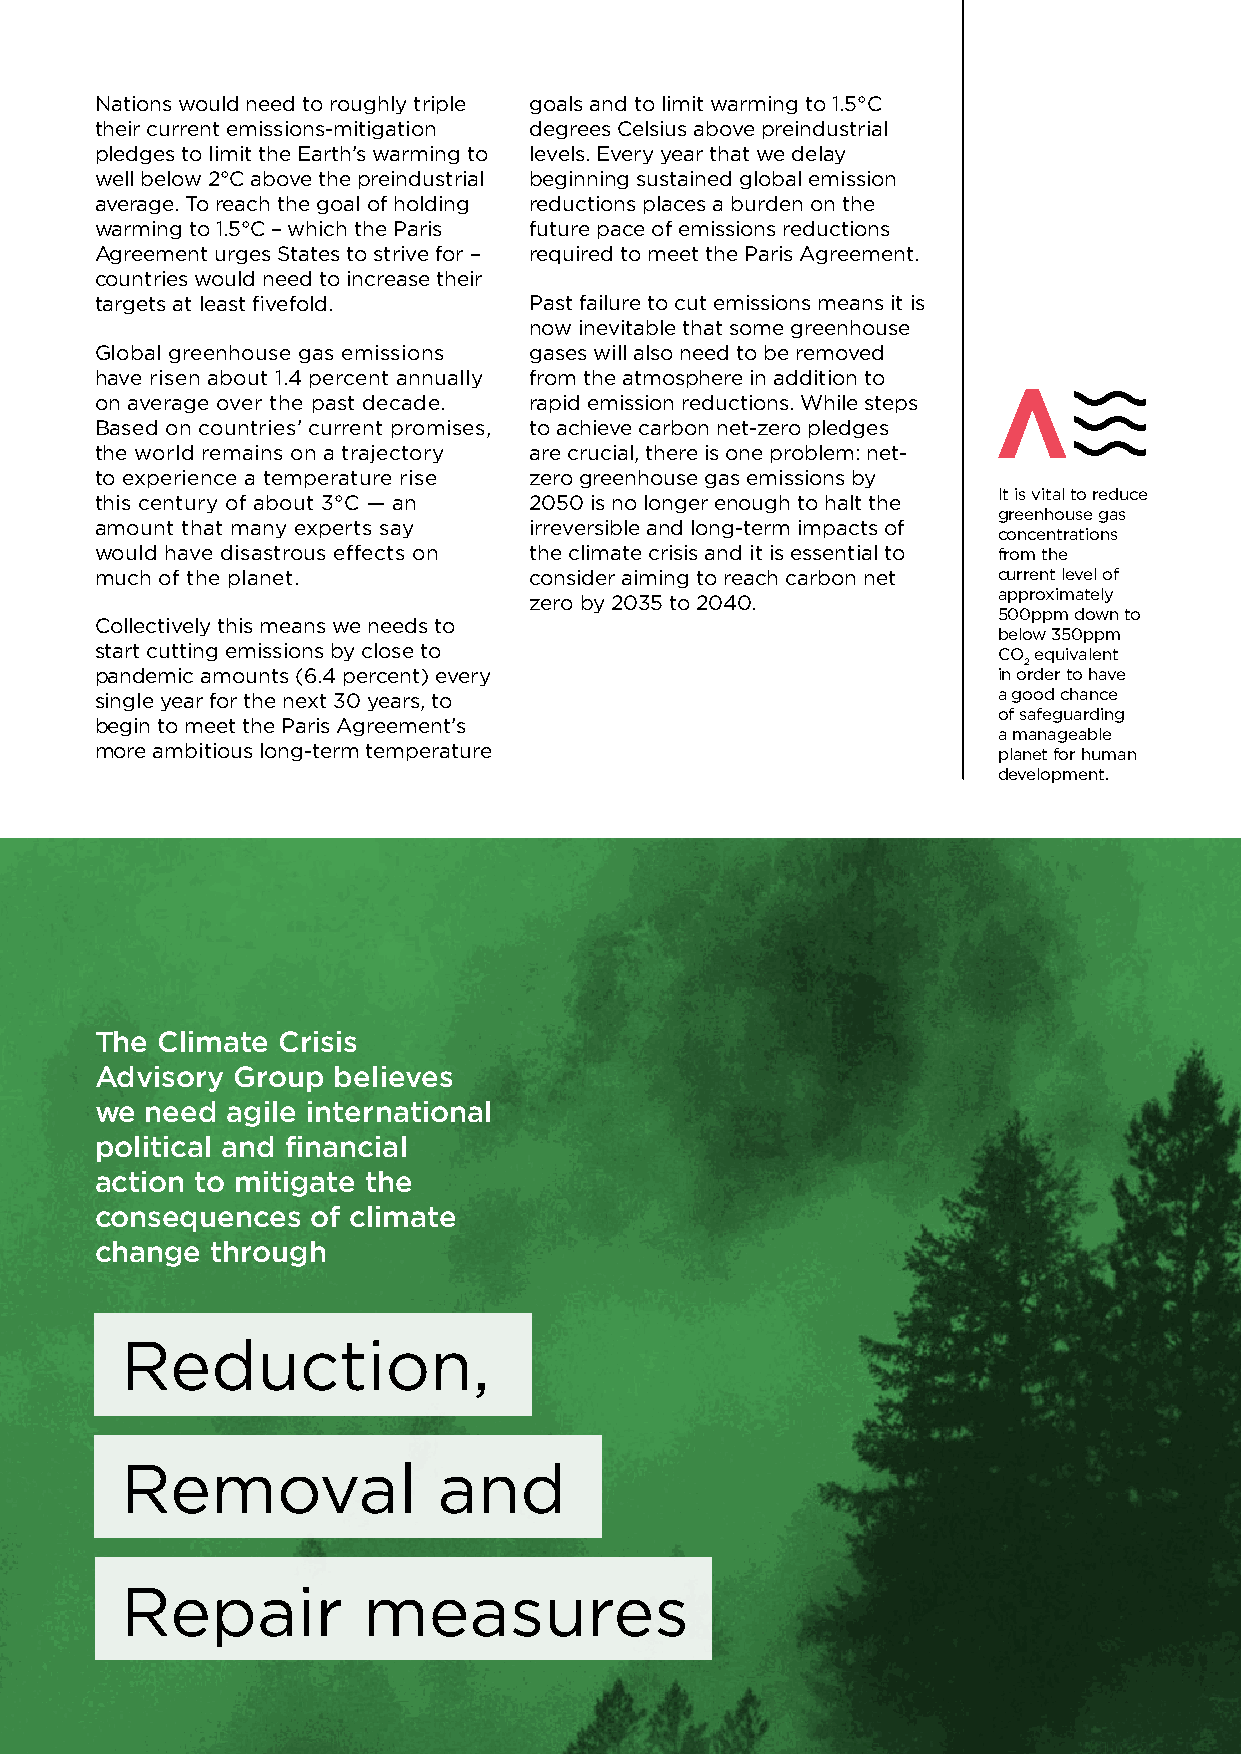
Nations would need to roughly triple goals and to limit warming to 1.5°C
 their current emissions-mitigation degrees Celsius above preindustrial
 pledges to limit the Earth’s warming to levels. Every year that we delay
 well below 2°C above the preindustrial beginning sustained global emission
 average. To reach the goal of holding reductions places a burden on the
 warming to 1.5°C – which the Paris future pace of emissions reductions
 Agreement urges States to strive for – required to meet the Paris Agreement.
 countries would need to increase their
 targets at least fivefold.   Past failure to cut emissions means it is
 now inevitable that some greenhouse
 Global greenhouse gas emissions gases will also need to be removed
 have risen about 1.4 percent annually from the atmosphere in addition to
 on average over the past decade. rapid emission reductions. While steps
 Based on countries’ current promises, to achieve carbon net-zero pledges
 the world remains on a trajectory are crucial, there is one problem: net-
 to experience a temperature rise zero greenhouse gas emissions by
 It is vital to reduce
 this century of about 3°C — an 2050 is no longer enough to halt the
 greenhouse gas
 amount that many experts say irreversible and long-term impacts of
 concentrations
 would have disastrous effects on the climate crisis and it is essential to from the
 much of the planet.          consider aiming to reach carbon net current level of
 approximately
 zero by 2035 to 2040.
 500ppm down to
 Collectively this means we needs to
 below 350ppm
 start cutting emissions by close to                         CO equivalent
 2
 pandemic amounts (6.4 percent) every                        in order to have
 single year for the next 30 years, to                       a good chance
 of safeguarding
 begin to meet the Paris Agreement’s
 a manageable
 more ambitious long-term temperature                        planet for human
 development.
 The Climate Crisis
 Advisory Group  believes
 we  need agile international
 political and financial
 action to mitigate the
 consequences   of climate
 change  through
 Reduction,
 Removal              and
 Repair          measures